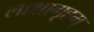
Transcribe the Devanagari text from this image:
लाक्षागृहम्